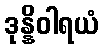
ဒုန္နိဝါရယံ